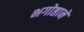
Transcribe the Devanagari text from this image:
भगोष्ठाने